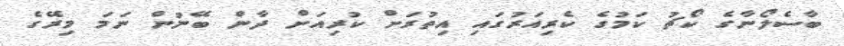
ބާސެލޯނާގެ ކޯޗު ކަމުގެ ކެރިއަރުގައި އިތުރަށް ކުރިއަށް ދާން ބޭނުން ނަމަ މިރޭގެ